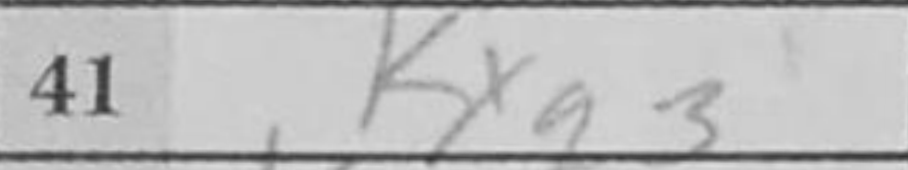
Transcription: Kxg3